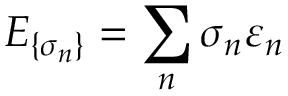
E _ { \{ \sigma _ { n } \} } = \sum _ { n } \sigma _ { n } \varepsilon _ { n }